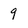
Character: 9